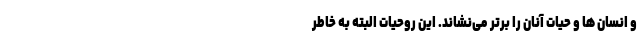
و انسان ها و حیات آنان را برتر می‌نشاند. این روحیات البته به خاطر